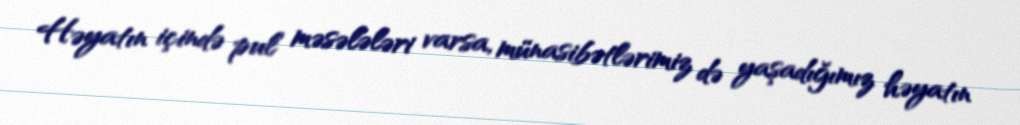
Həyatın içində pul məsələləri varsa, münasibətlərimiz də yaşadığımız həyatın